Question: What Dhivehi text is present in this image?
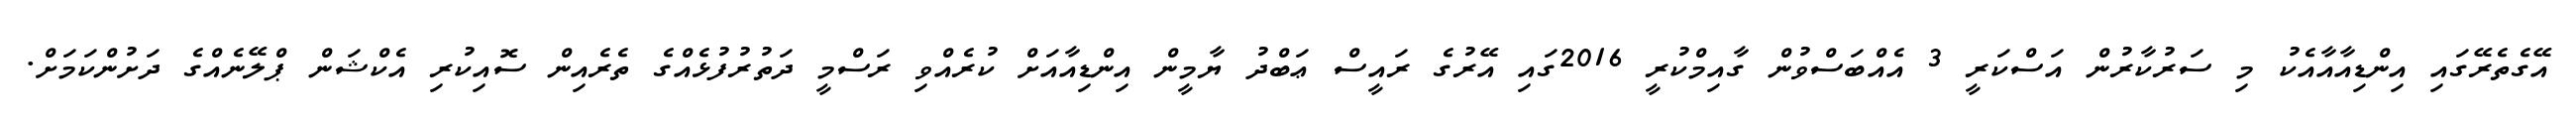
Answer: އޭގެތެރޭގައި އިންޑިއާއާއެކު މި ސަރުކާރުން އަސްކަރީ 3 އެއްބަސްވުން ގާއިމްކުރީ 2016ގައި އޭރުގެ ރައީސް ޢަބްދު ޔާމީން އިންޑިއާއަށް ކުރެއްވި ރަސްމީ ދަތުރުފުޅެއްގެ ތެރެއިން ސޮއިކުރި އެކްޝަން ޕްލޭނެއްގެ ދަށުންކަމަށް.